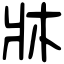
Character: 牀